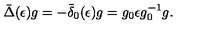
\bar { \Delta } ( \epsilon ) g = - \bar { \delta } _ { 0 } ( \epsilon ) g = g _ { 0 } \epsilon g _ { 0 } ^ { - 1 } g .